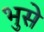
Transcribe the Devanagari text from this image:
भुसे